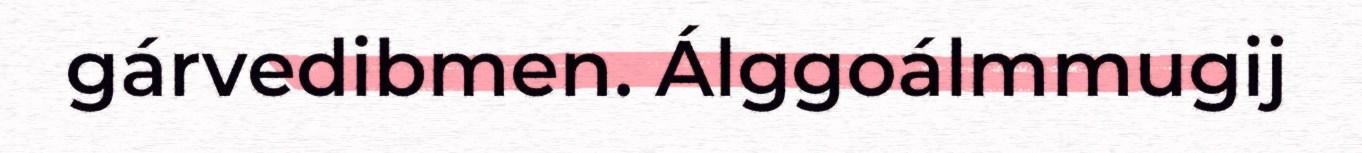
gárvedibmen. Álggoálmmugij